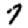
Digit: 7